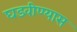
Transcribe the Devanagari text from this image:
घडवीण्यास